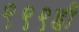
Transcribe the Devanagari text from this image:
९९९ही